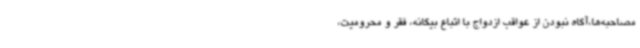
مصاحبه‌ها،آگاه نبودن از عواقب ازدواج با اتباع بیگانه، فقر و محرومیت،